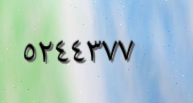
٥٢٤٤٣٧٧